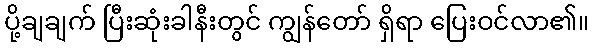
ပို့ချချက် ပြီးဆုံးခါနီးတွင် ကျွန်တော် ရှိရာ ပြေးဝင်လာ၏။